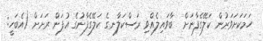
ހަމަކަށަވަރުން ކަލޭގެފާނަށް  ބާވައިލެއްވި ރަސްކަލާނގެ ކަލޭގެފާނުގެ އުފަން ރަށަށް (އެބަހީ: